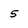
Character: 5